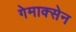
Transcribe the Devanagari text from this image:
गेमाक्सेन